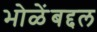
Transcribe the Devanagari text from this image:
भोळेंबद्दल